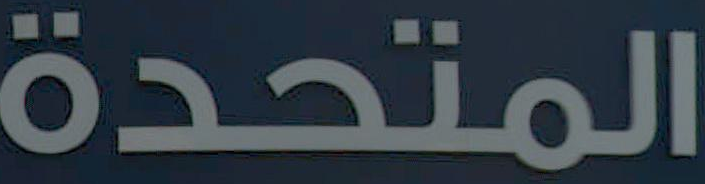
المتحدة